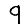
Digit: 9